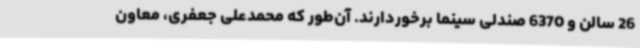
26 سالن و 6370 صندلی سینما برخوردارند. آن‌طور که محمدعلی جعفری، معاون